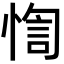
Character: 𢝁